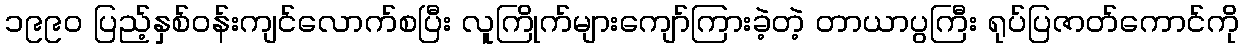
၁၉၉၀ ပြည့်နှစ်ဝန်းကျင်လောက်စပြီး လူကြိုက်များကျော်ကြားခဲ့တဲ့ တာယာပွကြီး ရုပ်ပြဇာတ်ကောင်ကို